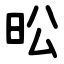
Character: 昖